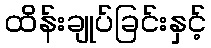
ထိန်းချုပ်ခြင်းနှင့်